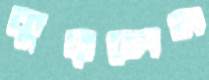
কুড়লেম